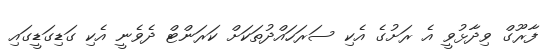
ފާރޫގް ވިދާޅުވީ އެ ރަށުގެ އެކި ސަރަހައްދުތަކަށް ކަރަންޓް ދެވެނީ އެކި ގަޑިގަޑީގައި